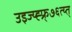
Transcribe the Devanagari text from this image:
उइज्य्ह्फ्र्७६त्य्त्